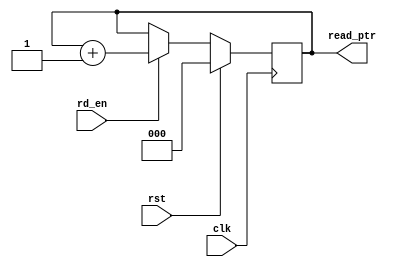
/* 
Parametrized FIFo Memory
Author: Mehran Goli
Version: 1.0
Date: 01-10-2020
*/


module read_ptr_module (input clk, rst, rd_en,
                        output reg [2:0] read_ptr);
  
  always @ (posedge clk) begin
    if (rst)
    	read_ptr <= 0;
  	else if (rd_en)
   		read_ptr <= read_ptr +1;
    else 
      	read_ptr <= read_ptr;
  end 
endmodule